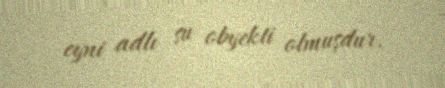
eyni adlı su obyekti olmuşdur.